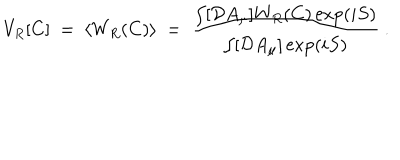
LaTeX: V _ { R } [ C ] ~ = ~ \langle W _ { R } ( C ) \rangle ~ = ~ { \frac { \int [ { \cal D } A _ { \mu } ] W _ { R } ( C ) \exp ( i S ) } { \int [ { \cal D } A _ { \mu } ] \exp ( i S ) } } ~ .